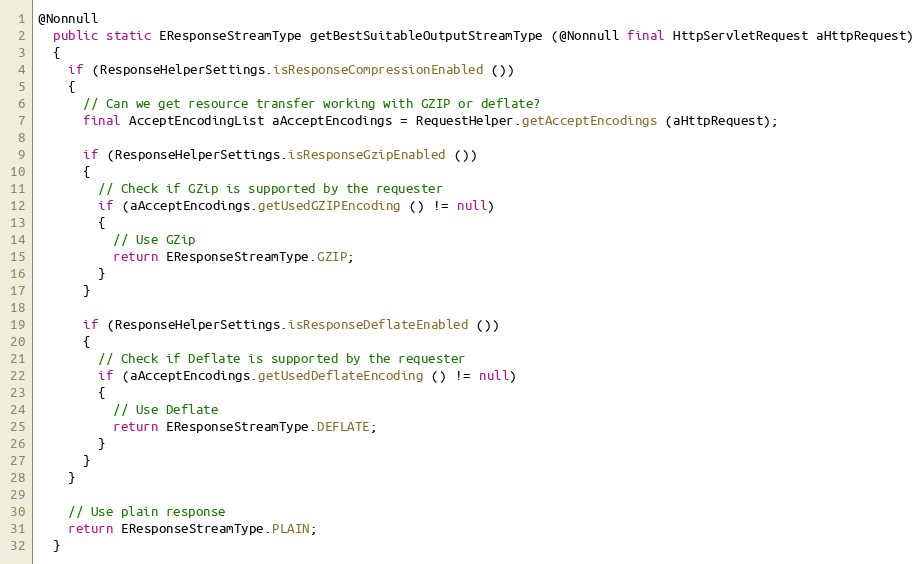
Language: Java
@Nonnull
  public static EResponseStreamType getBestSuitableOutputStreamType (@Nonnull final HttpServletRequest aHttpRequest)
  {
    if (ResponseHelperSettings.isResponseCompressionEnabled ())
    {
      // Can we get resource transfer working with GZIP or deflate?
      final AcceptEncodingList aAcceptEncodings = RequestHelper.getAcceptEncodings (aHttpRequest);

      if (ResponseHelperSettings.isResponseGzipEnabled ())
      {
        // Check if GZip is supported by the requester
        if (aAcceptEncodings.getUsedGZIPEncoding () != null)
        {
          // Use GZip
          return EResponseStreamType.GZIP;
        }
      }

      if (ResponseHelperSettings.isResponseDeflateEnabled ())
      {
        // Check if Deflate is supported by the requester
        if (aAcceptEncodings.getUsedDeflateEncoding () != null)
        {
          // Use Deflate
          return EResponseStreamType.DEFLATE;
        }
      }
    }

    // Use plain response
    return EResponseStreamType.PLAIN;
  }